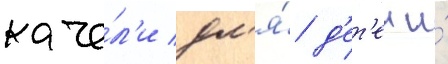
каче́л'и дл'я́ д'ет'еи и́